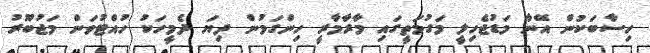
ހިސާބަކުން އޭނާ މަޑުޖެހިލީ މަގުމަތީގައި މާރާމާރީ ހިންގަމުން ދިޔަ ދެމީހަކު ހުއްޓުވަން މަޖުބޫރު